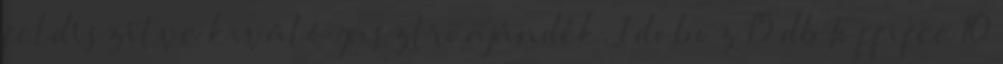
feldíszítve kiváló gasztroajándék. 1 doboz 15 db Toffifee 10